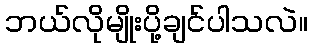
ဘယ်လိုမျိုးပို့ချင်ပါသလဲ။